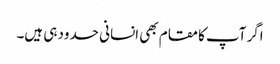
اگر آپ کامقام بھی انسانی حدود ہی ہیں۔